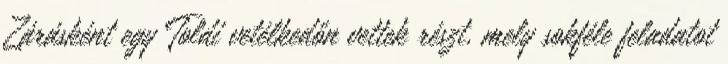
Zárásként egy Toldi vetélkedőn vettek részt, mely sokféle feladatot